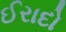
ઈરાદો